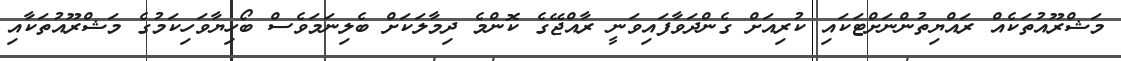
މަޝްރޫއުތަކެއް ރައްޔިތުންނަށްޓަކައި ކުރިއަށް ގެންދަވާފައިވަނީ ރާއްޖޭގެ ކޮންމެ ދިމާލަކަށް ބެލިނަމަވެސް ބޯހިޔާވަހިކަމުގެ މަޝްރޫއުތަކާއި